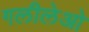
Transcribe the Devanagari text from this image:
गलीलेओ